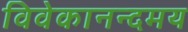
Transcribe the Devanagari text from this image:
विवेकानन्दमय